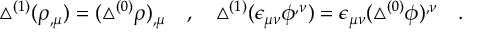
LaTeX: \triangle ^ { ( 1 ) } ( \rho _ { , \mu } ) = ( \triangle ^ { ( 0 ) } \rho ) _ { , \mu } ~ ~ ~ , ~ ~ ~ \triangle ^ { ( 1 ) } ( \epsilon _ { \mu \nu } \phi ^ { , \nu } ) = \epsilon _ { \mu \nu } ( \triangle ^ { ( 0 ) } \phi ) ^ { , \nu } ~ ~ ~ .